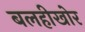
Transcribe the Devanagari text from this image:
बलहीखोर